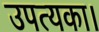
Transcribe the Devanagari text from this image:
उपत्यका।